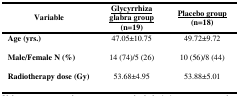
<table><thead><tr><td><b>Variable</b></td><td><b><underline>Glycyrrhiza glabra group</underline> (n=19)</b></td><td><b><underline>Placebo group</underline> (n=18)</b></td></tr></thead><tbody><tr><td><b>Age (yrs.)</b></td><td>47.05±10.75</td><td>49.72±9.72</td></tr><tr><td><b>Male/Female N (%)</b></td><td>14 (74)/5 (26)</td><td>10 (56)/8 (44)</td></tr><tr><td><b>Radiotherapy dose (Gy)</b></td><td>53.68±4.95</td><td>53.88±5.01</td></tr></tbody></table>